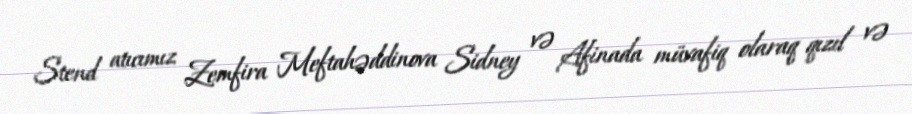
Stend atıcımız Zemfira Meftahəddinova Sidney və Afinada müvafiq olaraq qızıl və